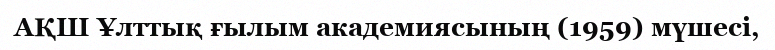
АҚШ Ұлттық ғылым академиясының (1959) мүшесі,